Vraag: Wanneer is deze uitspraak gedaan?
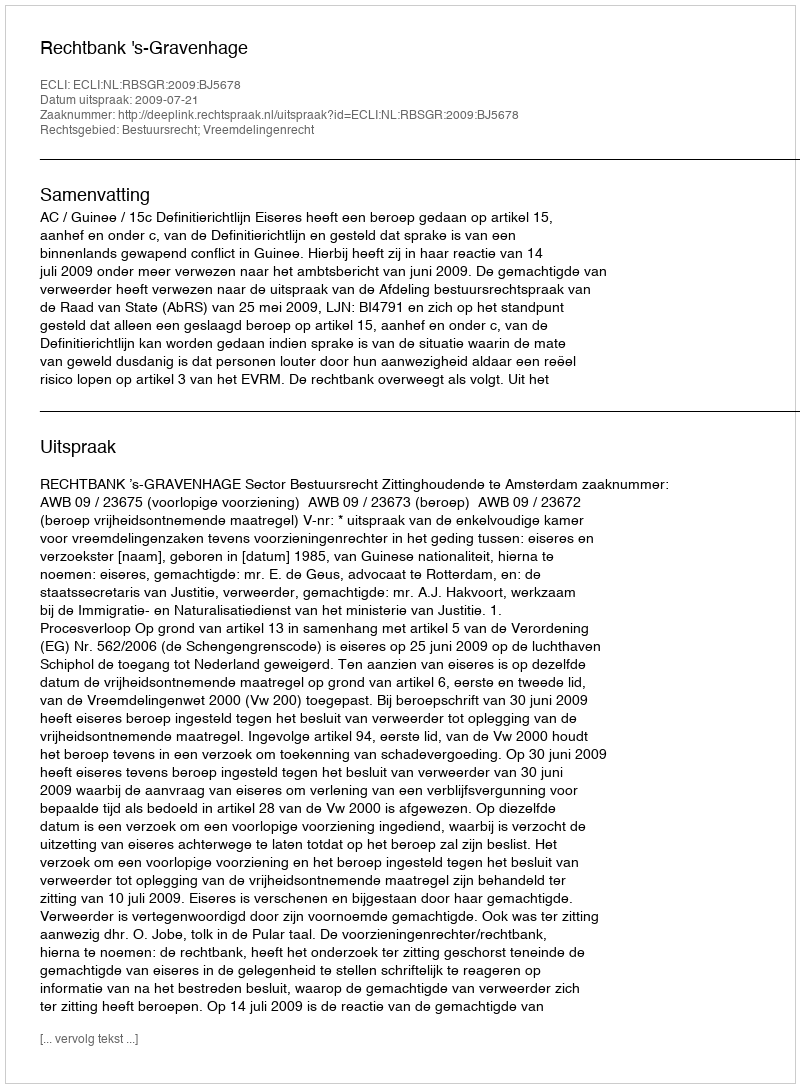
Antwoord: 2009-07-21